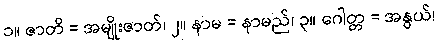
၁။ ဇာတိ = အမျိုးဇာတ်၊ ၂။ နာမ = နာမည်၊ ၃။ ဂေါတ္တ = အနွယ်၊